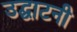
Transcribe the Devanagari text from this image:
उद्घाटनी